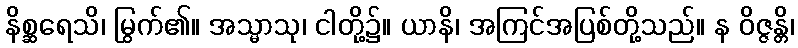
နိစ္ဆရေသိ၊ မြွက်၏။ အသ္မာသု၊ ငါတို့၌။ ယာနိ၊ အကြင်အပြစ်တို့သည်။ န ဝိဇ္ဇန္တိ၊